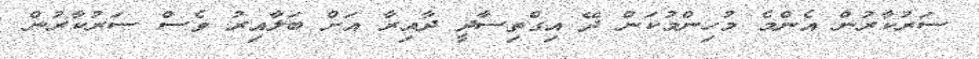
ސަރުކާރުން އެންމެ މުހިންމުކަން ދޭ އިގްތިސާދީ ދާއިރާ އަށް ބަލާއިރު ވެސް ސަރުކާރުން